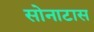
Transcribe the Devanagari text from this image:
सोनाटास